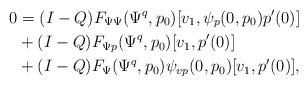
LaTeX: \begin{align*}0 &= (I-Q) F_{\Psi\Psi}(\Psi^q,p_0)[v_1, \psi_p(0,p_0)p'(0)]\\&+ (I-Q) F_{\Psi p}(\Psi^q,p_0)[v_1, p'(0)]\\&+ (I-Q) F_\Psi(\Psi^q,p_0)\psi_{vp}(0,p_0)[v_1,p'(0)],\end{align*}